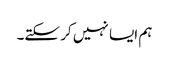
ہم ایسا نہیں کر سکتے۔